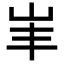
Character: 𡵞